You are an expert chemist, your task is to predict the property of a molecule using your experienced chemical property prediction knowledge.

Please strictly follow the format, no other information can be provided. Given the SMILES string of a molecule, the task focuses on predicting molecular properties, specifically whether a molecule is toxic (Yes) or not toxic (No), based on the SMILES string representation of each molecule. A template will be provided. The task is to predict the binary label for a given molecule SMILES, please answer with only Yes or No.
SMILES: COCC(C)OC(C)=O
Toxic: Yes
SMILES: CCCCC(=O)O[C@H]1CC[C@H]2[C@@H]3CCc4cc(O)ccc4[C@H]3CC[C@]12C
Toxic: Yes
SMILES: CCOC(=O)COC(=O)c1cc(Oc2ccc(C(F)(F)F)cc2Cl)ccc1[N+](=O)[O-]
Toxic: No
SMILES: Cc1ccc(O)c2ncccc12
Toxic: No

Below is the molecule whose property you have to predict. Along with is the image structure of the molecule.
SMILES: CCCCCCOC(=O)CCCCC
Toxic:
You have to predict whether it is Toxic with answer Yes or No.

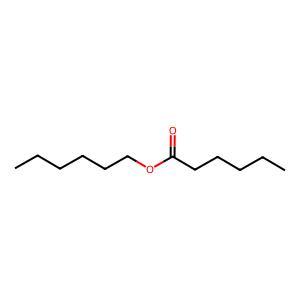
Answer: No